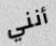
أنني